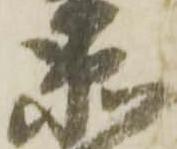
衛